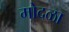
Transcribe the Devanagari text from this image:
मोदळा